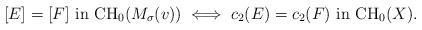
LaTeX: \begin{align*}[E]=[F] \textup{ in CH}_0(M_\sigma(v)) \iff c_2(E) = c_2(F) \textup{ in CH}_0(X). \end{align*}